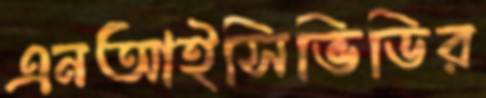
এনআইসিভিডির